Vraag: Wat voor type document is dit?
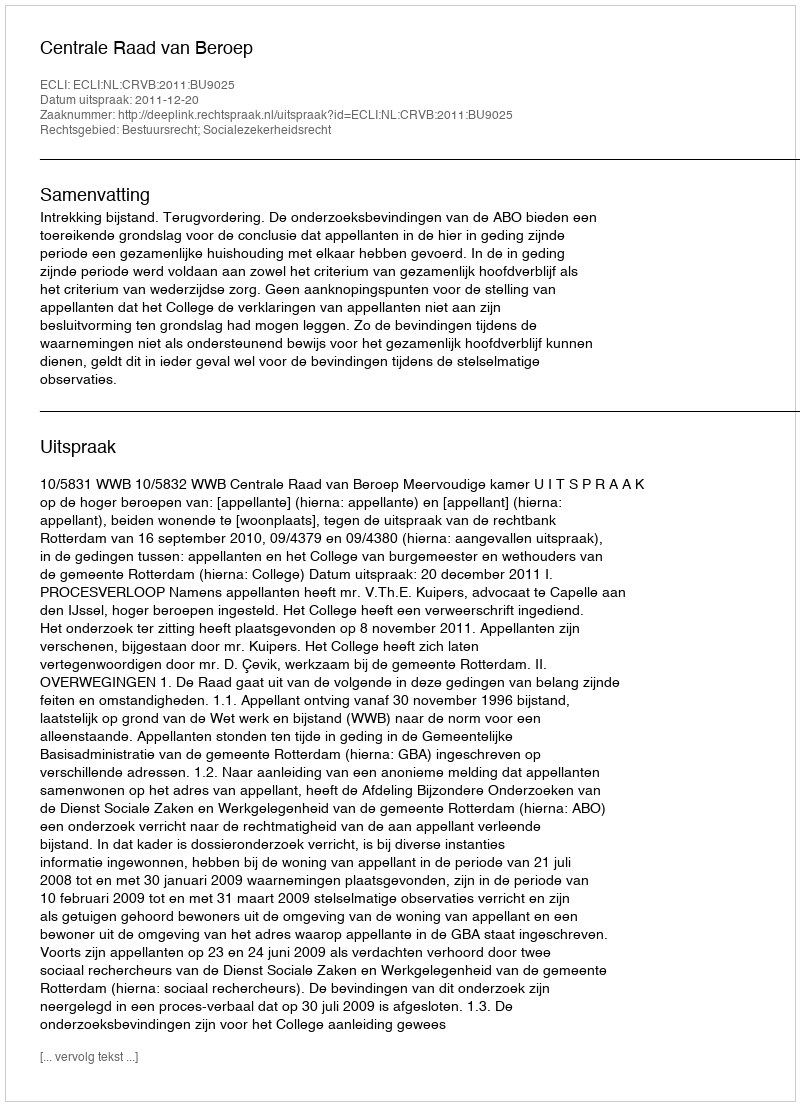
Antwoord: Uitspraak